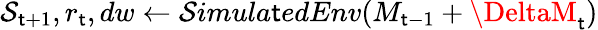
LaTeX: \mathcal{S}_{\mathsf{t}+1},r_{\mathsf{t}},dw\leftarrow\mathcal{S}imula\mathsf{t}edEnv(M_{\mathsf{t}-1}+\DeltaM_{\mathsf{t}})